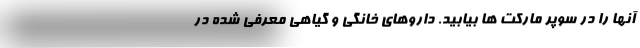
آنها را در سوپر مارکت ها بیابید. داروهای خانگی و گیاهی معرفی شده در